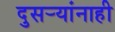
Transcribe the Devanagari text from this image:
दुसर्‍यांनाही